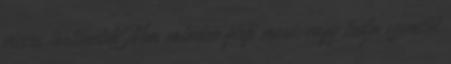
vicces történetek Nem minden férfi meri, vagy tudja szemtől